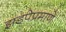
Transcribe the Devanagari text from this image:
झडपेप्रमाणे